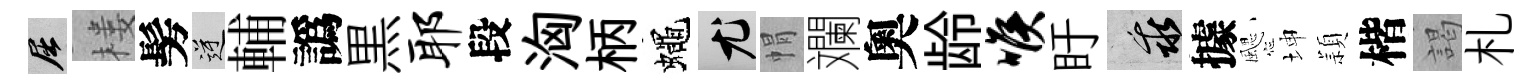
屈楼髣逆輔譌黒耶段洶柄蠅尤㡌斕奧龄喉盱乖據颸坤頴楷謁札